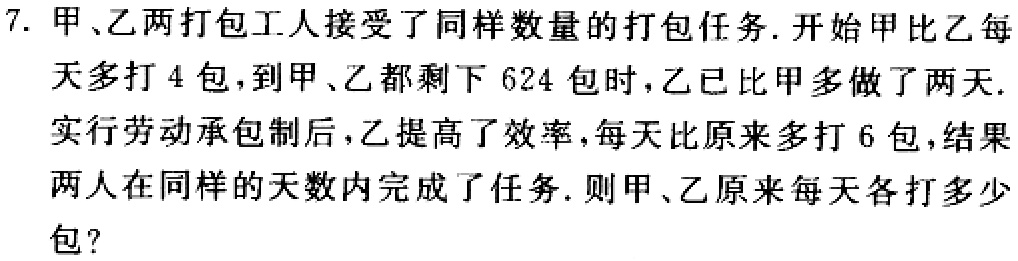
7. 甲、乙两打包工人接受了同样数量的打包任务. 开始甲比乙每天多打 4 包,到甲、乙都剩下 624 包时,乙已比甲多做了两天. 实行劳动承包制后,乙提高了效率,每天比原来多打 6 包,结果两人在同样的天数内完成了任务. 则甲、乙原来每天各打多少包?